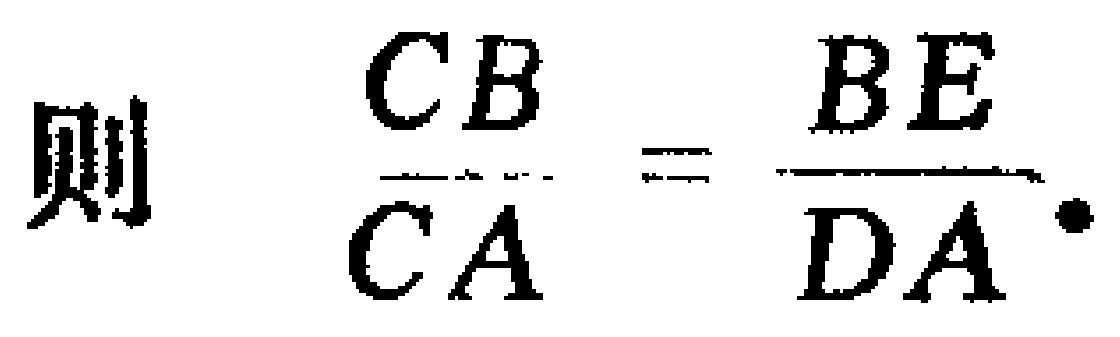
则$\dfrac{CB}{CA}=\dfrac{BE}{DA}.$